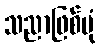
သညာဖြစ်ပုံ